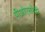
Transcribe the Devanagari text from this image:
पीओएसरेडी